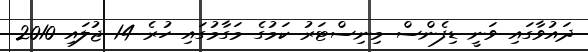
ދައުވާގައި ވަނީ ޑިފެންސް މިނިސްޓަރު ކަމުގެ މަގާމުގައި ހުރެ 14 ޖުލައި 2010